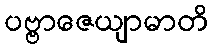
ပဗ္ဗာဇေယျာမာတိ